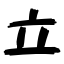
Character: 立